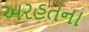
અરહતના